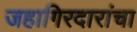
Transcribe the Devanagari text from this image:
जहागिरदारांचा